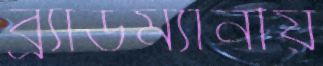
ব্র্যাডম্যানীয়